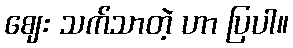
ဈေး သက်သာတဲ့ ဟာ ပြပါ။